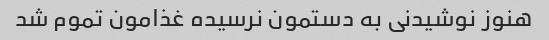
هنوز نوشیدنی به دستمون نرسیده غذامون تموم شد